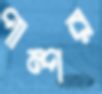
পাম্পর